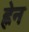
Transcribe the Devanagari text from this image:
ह्नेन